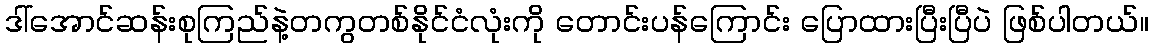
ဒါ်အောင်ဆန်းစုကြည်နဲ့တကွတစ်နိုင်ငံလုံးကို တောင်းပန်ကြောင်း ပြောထားပြီးပြီပဲ ဖြစ်ပါတယ်။